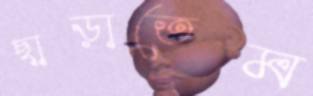
ছাড়াতেম